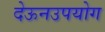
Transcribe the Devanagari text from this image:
देऊनउपयोग